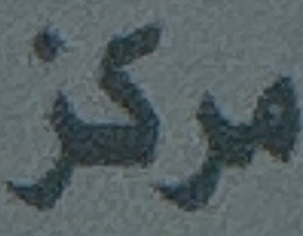
مركز